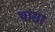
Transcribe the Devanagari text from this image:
थासा